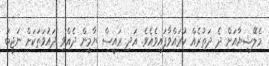
މެލޭޝިޔާއަށް ދެ ދަތުރެއް ކުރައްވާފައިވެއެވެ. އަދި ރައީސް ޔާމީން ދެއްވި ދައުވަތަކަށް ނަޖީބު